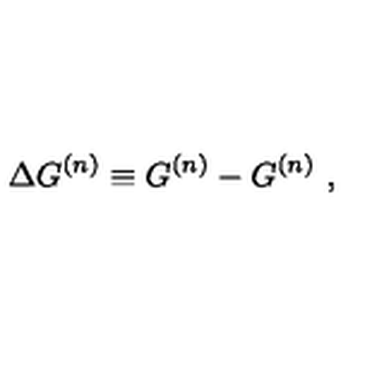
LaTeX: \Delta G ^ { ( n ) } \equiv G ^ { ( n ) } - G ^ { ( n ) } \ ,